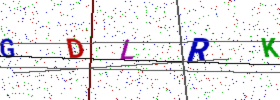
Text: GDLRK